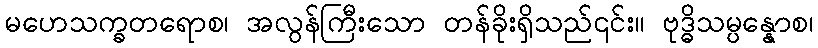
မဟေသက္ခတရောစ၊ အလွန်ကြီးသော တန်ခိုးရှိသည်၎င်း။ ဗုဒ္ဓိသမ္ပန္နောစ၊